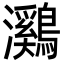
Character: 鸂